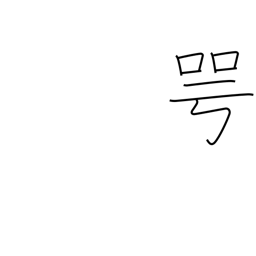
Meaning: outspokenly